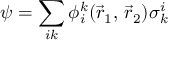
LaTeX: { \boldsymbol { \psi } } = \sum _ { i k } \phi _ { i } ^ { k } ( { \vec { r } } _ { 1 } , \, { \vec { r } } _ { 2 } ) { \boldsymbol { \sigma } } _ { k } ^ { i }